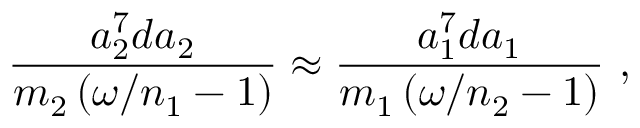
\frac { a _ { 2 } ^ { 7 } d a _ { 2 } } { m _ { 2 } \left( \omega / n _ { 1 } - 1 \right) } \approx \frac { a _ { 1 } ^ { 7 } d a _ { 1 } } { m _ { 1 } \left( \omega / n _ { 2 } - 1 \right) } \ ,